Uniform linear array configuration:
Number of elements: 32
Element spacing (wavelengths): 1
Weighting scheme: hann
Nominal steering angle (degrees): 0
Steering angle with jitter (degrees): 1.659
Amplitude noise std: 0.05
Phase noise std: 0.05

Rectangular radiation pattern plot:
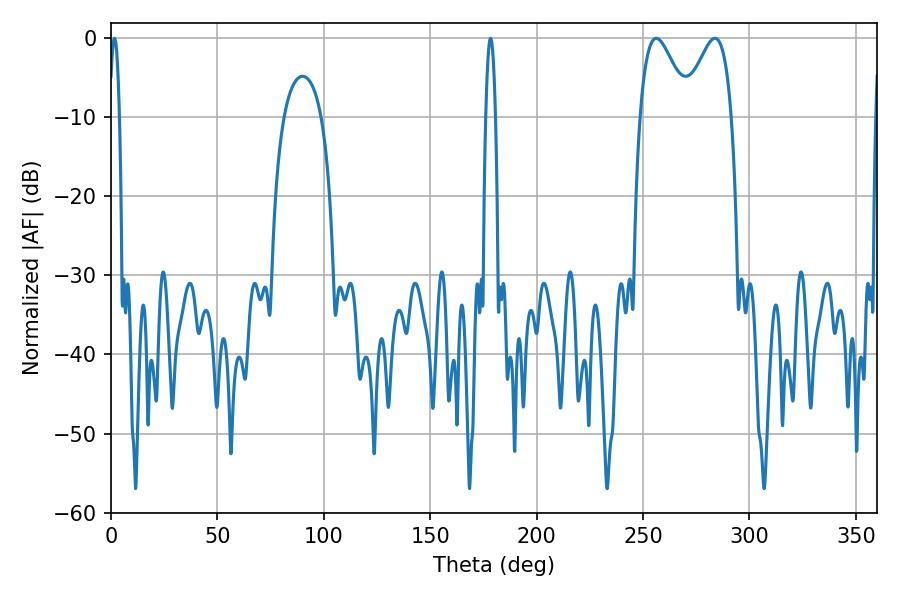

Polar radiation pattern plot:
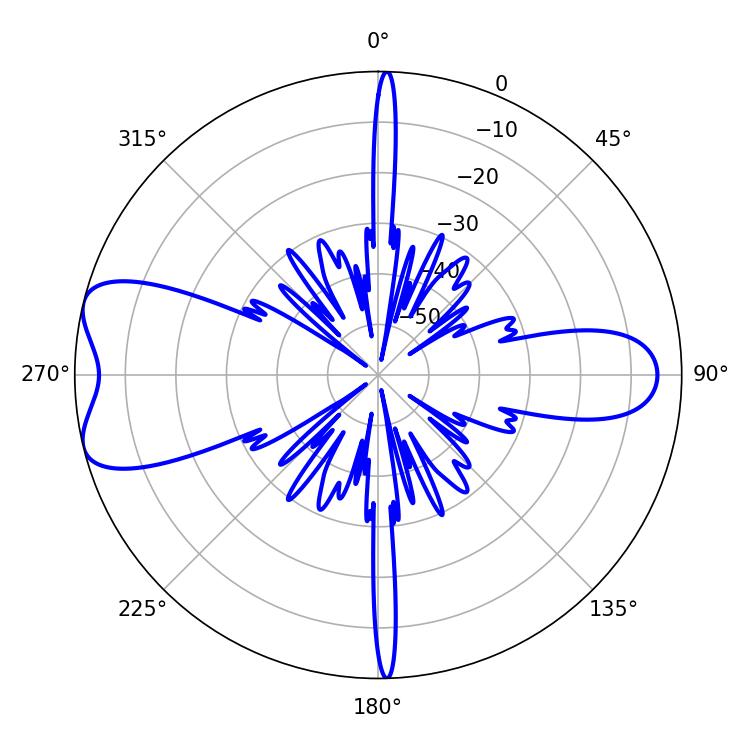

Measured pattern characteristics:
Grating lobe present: TRUE
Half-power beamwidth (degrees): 12.06
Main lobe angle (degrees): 256.14